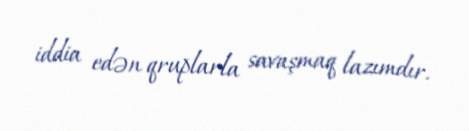
iddia edən qruplarla savaşmaq lazımdır.